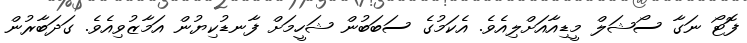
ފޮޓޯ ނަގާ ސޯޝަލް މީޑިއާއަށްލިއެވެ. އެކަމުގެ ސަބަބުން ޝަހީމަށް ފާނޑުކިޔުން އަމާޒުވިއެވެ. ގަދަބާރުން